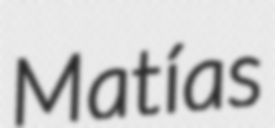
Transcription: Matías